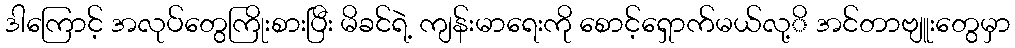
ဒါကြောင့် အလုပ်တွေကြိုးစားပြီး မိခင်ရဲ့ ကျန်းမာရေးကို စောင့်ရှောက်မယ်လု့ိ အင်တာဗျူးတွေမှာ